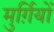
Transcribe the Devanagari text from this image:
मुर्ग़ियों